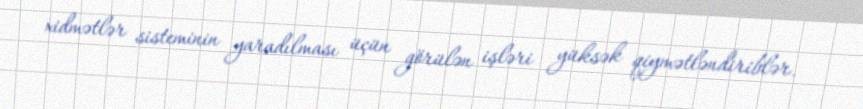
xidmətlər sisteminin yaradılması üçün görülən işləri yüksək qiymətləndiriblər.